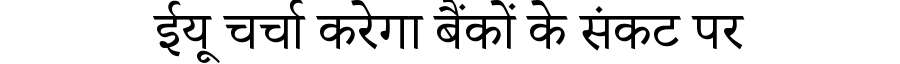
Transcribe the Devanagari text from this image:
ईयू चर्चा करेगा बैंकों के संकट पर